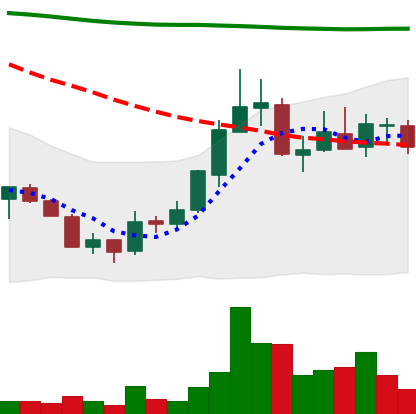
Ticker: ADA-USD
Chart end date: 2018-07-26
Forward return: -13.03%
Label: down_7plus